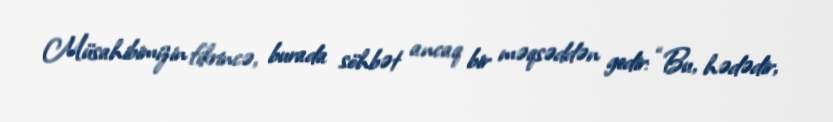
Müsahibimizin fikrincə, burada söhbət ancaq bir məqsəddən gedir: “Bu, hədədir,